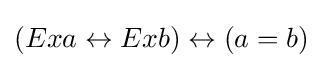
(Exa\leftrightarrow Exb)\leftrightarrow (a=b)